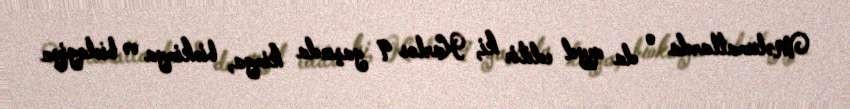
Məlumatlarda o da qeyd edilir ki, Karlos 9 yaşında kimya, biokimya və biologiya